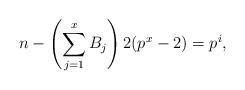
LaTeX: \begin{align*}n - \left(\sum_{j=1}^x B_j \right) 2(p^x-2) = p^i,\end{align*}